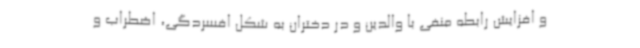
و افزایش رابطه منفی با والدین و در دختران به شکل افسردگی، اضطراب و